Lunatic asylums Central Provinces reports 1874-1885 - 1874-1885
Year: 1874
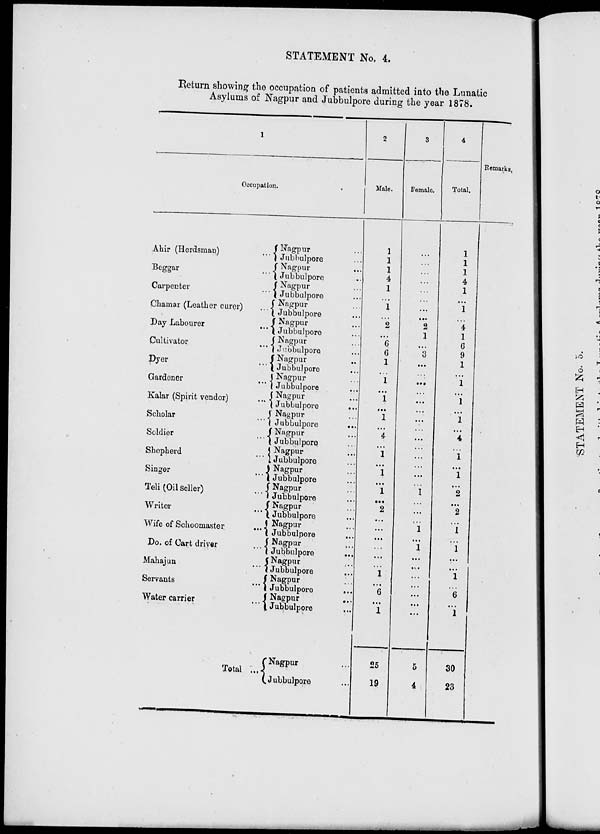
STATEMENT No. 4.
Return showing the occupation of patients admitted into the Lunatic
Asylums of Nagpur and Jubbulpore during the year 1878.
1
Occupation
Ahir (Herdsman)
...
Beggar
...
Carpenter ...
Chamar (Leather curer)
...
Day Labourer
...
Cultivator ...
Dyer
...
Gardener
...
Kalar (Spirit vendor)...
Scholar...
Soldier
...
Shepherd ...
Singer
...
Teli (Oil Seller)...
Writer
...
Wife of Schoomaster...
Do. of Cart driver
...
Mahajun
...
Servants ...
Water carrier
...
Total ...
Nagpur ...
Jubbulpore ...
Nagpur ...
Jubbulpore ...
Nagpur ...
Jubbulpore ...
Nagpur ...
Jubbulpore ...
Nagpur ...
Jubbulpore ...
Nagpur ...
Jubbulpore ...
Nagpur ...
Jubbulpore...
Nagpur...
Jubbulpore...
Nagpur ...
Jubbulpore
...
Nagpur ...
Jubbulpore
...
Nagpur ...
Jubbulpore...
Nagpur...
Jubbulpore ...
Nagpur ...
Jubbulpore ...
Nagpur ...
Jubbulpore ...
Nagpur ...
Jubbulpore ...
Nagpur ...
Jubbulpore ...
Nagpur ...
Jubbulpore ...
Nagpur...
Jubbulpore ...
Nagpur
...
Jubbulpore ...
Nagpur
...
Jubbulpore ...
Nagpur ...
Jubbulpore ...
2
Male.
1
1
1
4
1
...
1
...
2
...
6
6
1
...
1
...
1
...
1
...
4
...
1
...
1
...
1
...
2
...
...
...
...
...
...
1
...
6
...
1
25
19
3
Female.
...
...
...
...
...
...
...
...
2
1
...
3
...
...
...
...
...
...
...
...
..
...
...
...
...
...
1
...
...
..
1
...
1
...
...
...
...
...
...
...
5
4
4
Total.
1
1
1
4
1
...
1
...
4
1
6
9
1
...
1
...
1
...
1
...
4
...
1
...
1
...
2
...
2
...
1
...
1
...
...
1
...
6
...
1
30
23
Remarks